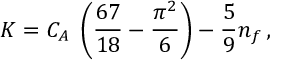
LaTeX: K = C _ { A } \; \left( { \frac { 6 7 } { 1 8 } } - { \frac { \pi ^ { 2 } } { 6 } } \right) - { \frac { 5 } { 9 } } n _ { f } \, ,